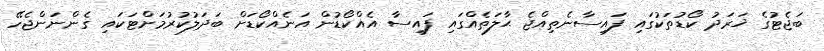
ބަޖެޓުގެ ޚަރަދު ކޯޑުތަކުގައި ފައިސާނެތިއްޖެ ޙާލަތެއްގައި ފައިސާ އެއްކޯޑުން އަނެއްކޯޑަށް ބަދަލުކުރުމަށްޓަކައި ގެންނަންޖެހޭ